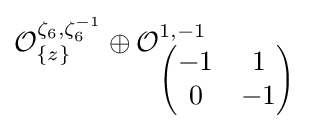
{\mathcal {O}}_{\{z\}}^{\zeta _{6},\zeta _{6}^{-1}}\oplus {\mathcal {O}}_{\begin{pmatrix}-1&1\\0&-1\end{pmatrix}}^{1,-1}